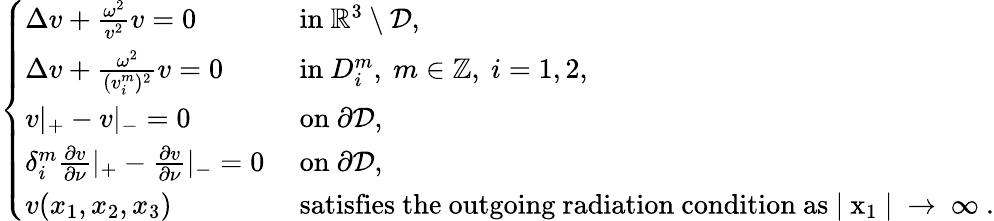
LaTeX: \begin{array}{r}{\left\{ \begin{array}{ll}{\Delta v+\frac{\omega^{2}}{v^{2}}v=0}&{\mathrm{~in~}\mathbb{R}^{3}\setminus\mathcal{D},}\\ {\Delta v+\frac{\omega^{2}}{(v_{i}^{m})^{2}}v=0}&{\mathrm{~in~}D_{i}^{m},~m\in\mathbb{Z},~i=1,2,}\\ {v\rvert_{+}-v\rvert_{-}=0}&{\mathrm{~on~}\partial\mathcal{D},}\\ {\delta_{i}^{m}\frac{\partial v}{\partial\nu}\rvert_{+}-\frac{\partial v}{\partial\nu}\rvert_{-}=0}&{\mathrm{~on~}\partial\mathcal{D},}\\ {v(x_{1},x_{2},x_{3})}&{\mathrm{~satisfies~the~outgoing~radiation~condition~as~\lvert~x_1~\rvert~\rightarrow~\infty~.}}\end{array}\right.}\end{array}